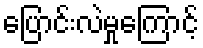
ပြောင်းလဲမှုကြောင့်